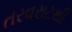
તરવરાટથી